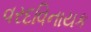
વરદવિનાયક